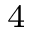
^ 4